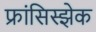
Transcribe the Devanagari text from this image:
फ्रांसिस्झेक